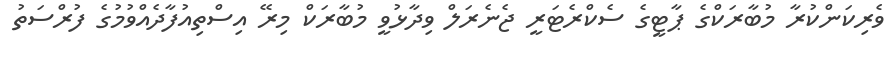
ވެރިކަންކުރާ މުބާރަކްގެ ޕާޓީގެ ސެކްރެޓަރީ ޖެނެރަލް ވިދާޅުވީ މުބާރަކް މިރޭ އިސްތިއުފާދެއްވުމުގެ ފުރްސަތު